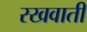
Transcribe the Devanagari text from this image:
रखवाती